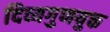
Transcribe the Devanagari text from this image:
दिव्यगुणयुक्त